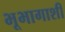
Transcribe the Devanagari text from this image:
भूभागाशी